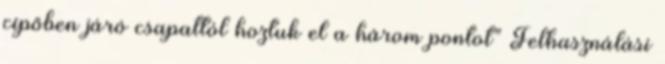
cipőben járó csapattól hoztuk el a három pontot” Felhasználási